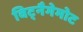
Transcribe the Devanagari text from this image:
विट्नैगेमोट